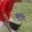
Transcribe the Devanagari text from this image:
बुलूच